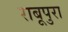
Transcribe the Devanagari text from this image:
राबूपुरा